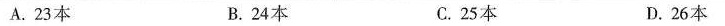
A.23本 B.24本 C.25本 D.26本